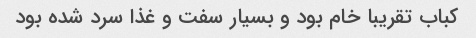
کباب تقریبا خام بود و بسیار سفت و غذا سرد شده بود